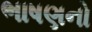
ભાષણનો